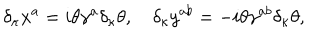
LaTeX: \delta _ { \kappa } x ^ { a } = i \theta \gamma ^ { a } \delta _ { \kappa } \theta , \quad \delta _ { \kappa } y ^ { a b } = - i \theta \gamma ^ { a b } \delta _ { \kappa } \theta ,